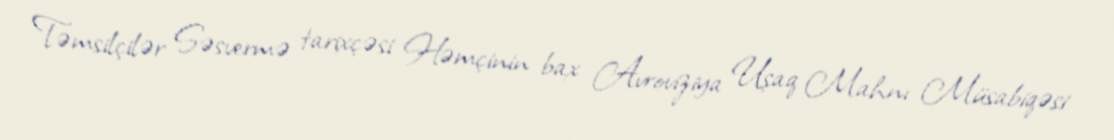
Təmsilçilər Səsvermə tarixçəsi Həmçinin bax Avroviziya Uşaq Mahnı Müsabiqəsi